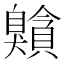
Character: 𦤰